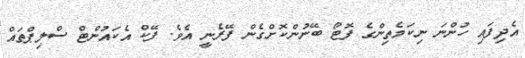
އެދިފައި ހުންނަ ނިކަމެތިންގެ ފޮޓޯ ބޭނުންކޮށްގެން ފޭރެނީ އެވެ. ފޭކް އެކައުންޓް ސްލިޕްތައް